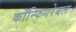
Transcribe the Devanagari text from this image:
कॉन्फिगरेबल